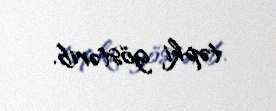
təpki göstərib.